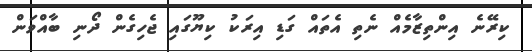
ކިރޭނެ އިންތިޒާމެއް ނެތި އެތައް ގަޑި އިރަކު ކިޔޫގައި ޖެހިގެން ދޯނި ބާއްވަން